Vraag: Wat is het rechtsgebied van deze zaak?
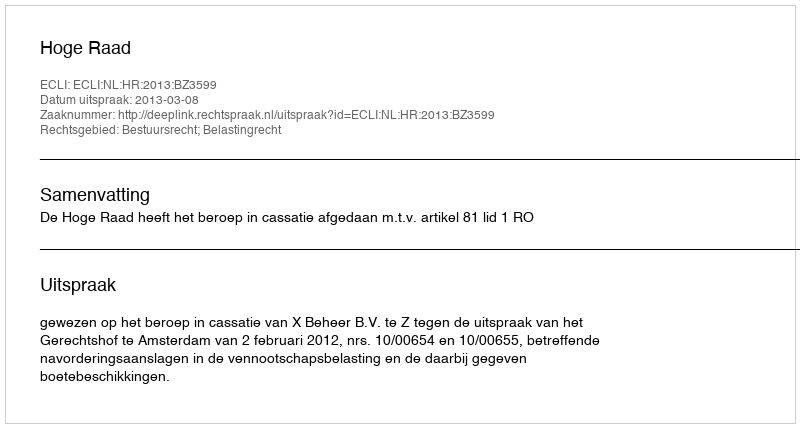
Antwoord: Bestuursrecht; Belastingrecht